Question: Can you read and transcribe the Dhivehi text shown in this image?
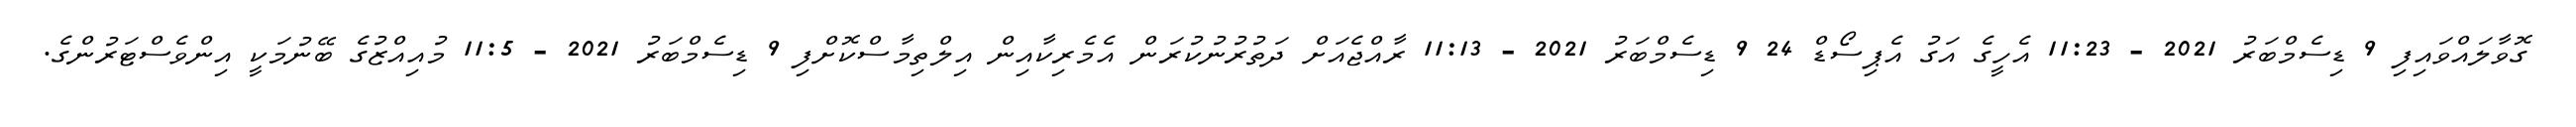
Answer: ގޮވާލައްވައިފި 9 ޑިސެމްބަރު 2021 - 11:23 އެހީގެ އަގު އެޕިސޯޑް 24 9 ޑިސެމްބަރު 2021 - 11:13 ރާއްޖެއަށް ދަތުރުނުކުރަން އެމެރިކާއިން އިލްތިމާސްކޮށްފި 9 ޑިސެމްބަރު 2021 - 11:5 މުއިއްޒުގެ ބޭނުމަކީ އިންވެސްޓަރުންގެ.